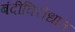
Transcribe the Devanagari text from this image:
बंदीविरोधात